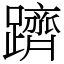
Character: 躋